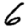
Digit: 6